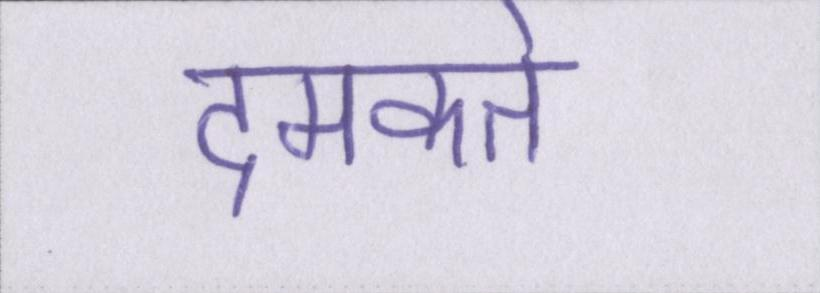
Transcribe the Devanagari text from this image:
दमकते